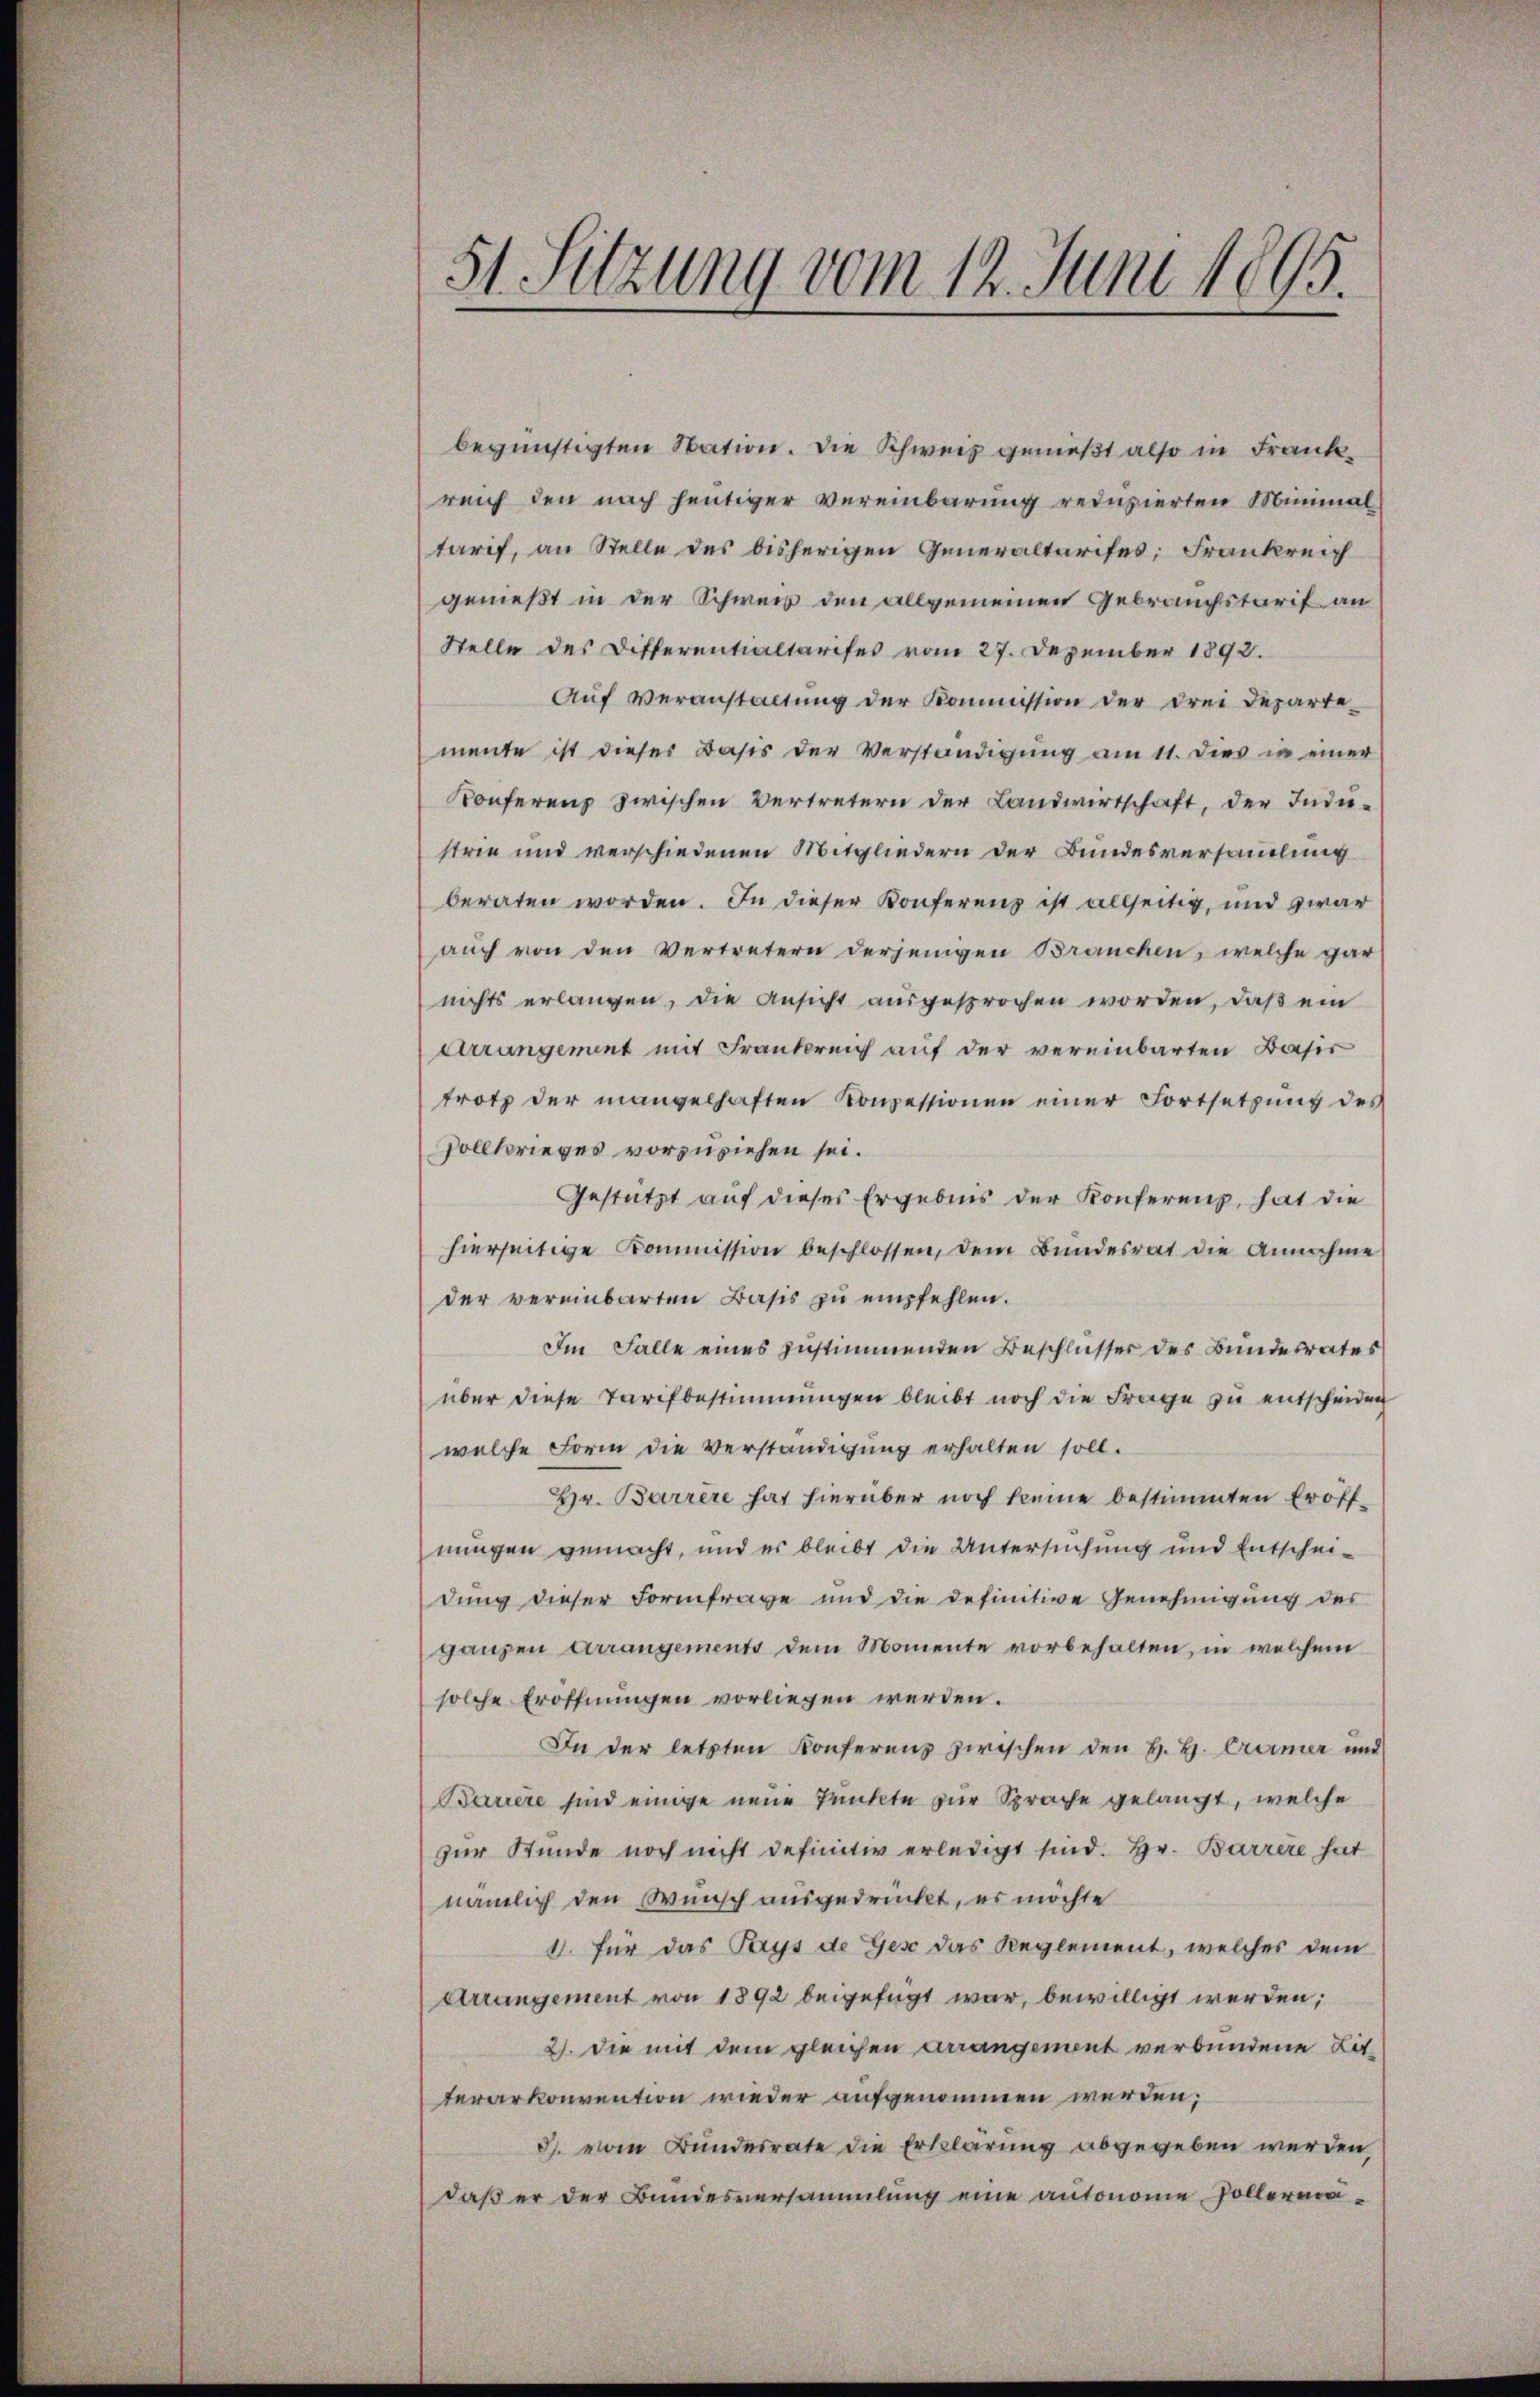
51 Sitzung vom 12. Juni 1895.

begünstigten Station. Die Schweiz genießt also in Frankreich den nach heutiger Vereinbarung reduzierten Minimal
tarif, an Stelle des bisherigen Generaltarifes; Frankreich
genießt in der Schweis den allgemeinen Gebrauchstarif an
Stelle des Ditterentialtarifes vom 27. Dezember 1892.
Auf Veranstaltung der Kommission der drei Departe
mente ist dieser Basis der Verständigung am 11. dies in einer
Konferenz zwischen Vertretern der Landwirtschaft, der Indu-
strie und verschiedenen Mitgliedern der Bundesversammlung
beraten worden. In dieser Konferenz ist allseitig, und zwar
auch von den Vertretern derjenigen Branchen, welche gar
nichts erlangen, die Ansicht ausgesprochen worden, daß ein
Arrangement mit Frankreich auf der vereinbarten Basis
trotz der mangelhaften Konzessionen einer Fortsetzŭng des
Vollkrieges vorzuziehen sei.
Gestützt auf dieses Ergebnis der Konferens, hat die
hierseitige Kommission beschlossen, dem Bundesrat die Annahme
der vereinbarten Basis zu empfehlen.
Im Falle eines zustimmenden Beschlusser des Bundesrates
über diese Tarifbestimmungen bleibt noch die Frage zu entscheiden
welche Form die Verständigung erhalten soll.
Hr. Barrere hat hierüber noch keine bestimmten Eröffnungen gemacht, und er bleibt die Untersuchung und Entschei-
dung dieser Formfrage und die definitive Genehmigung des
ganzen Arrangements dem Momente vorbehalten, in welchem
solche Eröffnungen vorliegen werden.
In der letzten Konferenz zwischen den H. H. Cramer und
Barrere sind einige neue Punkte zur Sprache gelangt, welche
zur Stunde noch nicht definitiv erledigt sind. Hr. Barrere hat
nämlich den Wunsch ausgedrückt, es möchte
1. für das Pays de Gese das Reglement, welches dem
Arrangement von 1892 beigefügt war, bewilligt werden;
2). Die mit dem gleichen Arrangement verbundene Lit-
terarkonvention wieder aufgenommen werden;
d. vom Bundesrate die Erklärung abgegeben werden,
daß er der Bundesversammlung eine autonome Pollerma¬